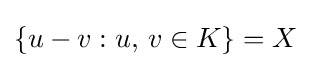
\{u-v:u,\,v\in K\}=X